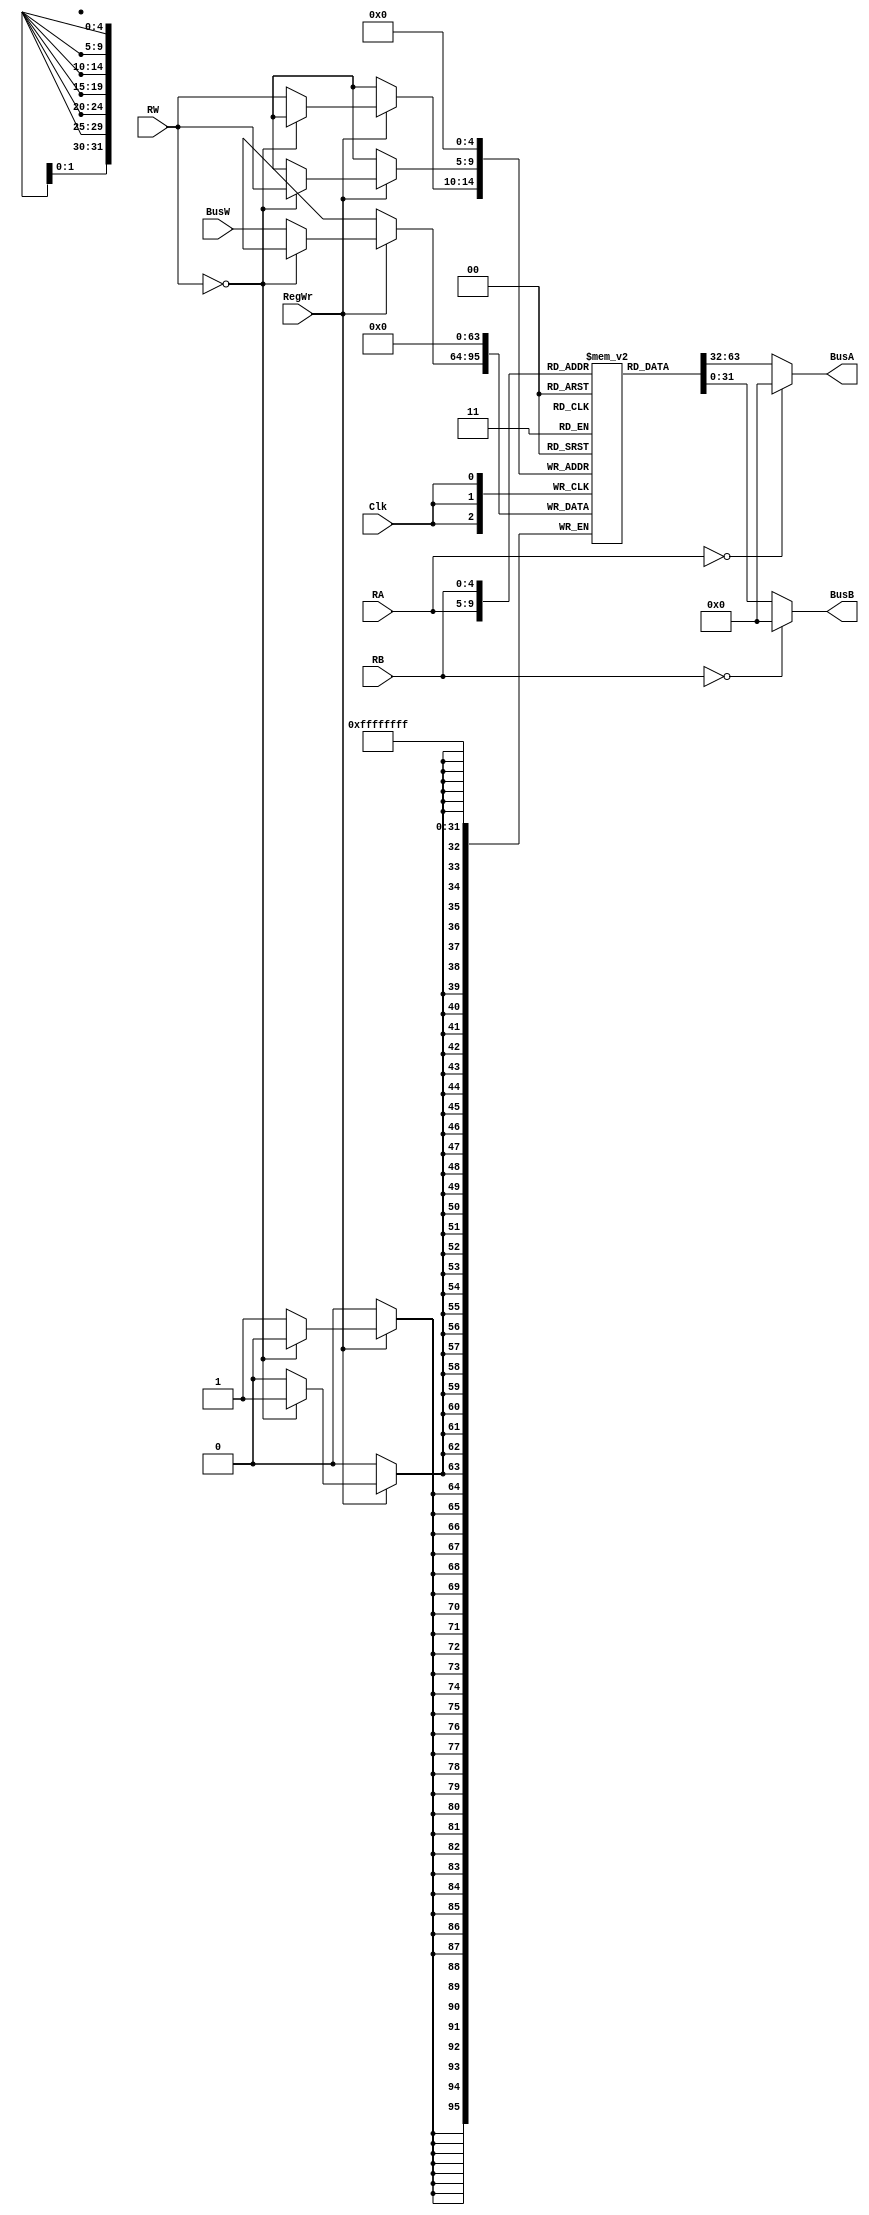
`timescale 1ns / 1ps
//////////////////////////////////////////////////////////////////////////////////
// Company: 
// Engineer: 
// 
// Design Name: 
// Module Name:    RegisterFile 
// Project Name: 
// Target Devices: 
// Tool versions: 
// Description: 
//
// Dependencies: 
//
// Revision: 
// Revision 0.01 - File Created
// Additional Comments: 
//
//////////////////////////////////////////////////////////////////////////////////
module RegisterFile(Clk,RegWr, BusA, BusB, BusW, RA, RB, RW
    );
output wire [31:0] BusA ,BusB ;
input wire [31:0] BusW;
input wire [4:0] RA, RB, RW ;
input wire Clk;
input wire RegWr ;

reg [31:0] Reg [0:31] ;
always@(negedge Clk)begin
	Reg[0] <= 32'b0;
	if(RegWr == 1'b1 )begin
		if(RW == 0)begin
			Reg[RW] <= 32'b0 ;
		end else begin
			Reg[RW] <= BusW ;
		end
	end
end

assign	BusA = (RA == 0 ? 0 : Reg[RA]);
assign	BusB = (RB == 0 ? 0 : Reg[RB]);


endmodule